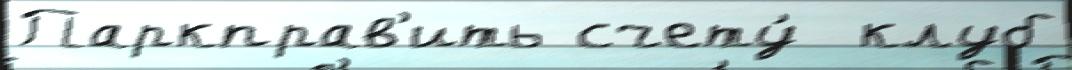
Паркправ'ить счету́  клуб